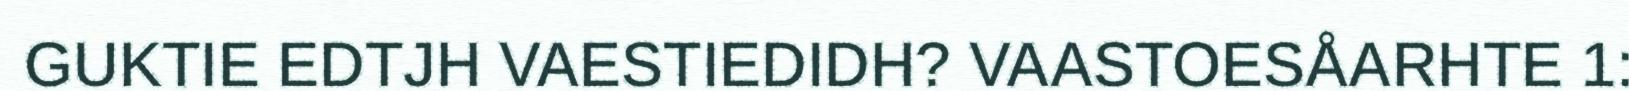
GUKTIE EDTJH VAESTIEDIDH? VAASTOESÅARHTE 1: